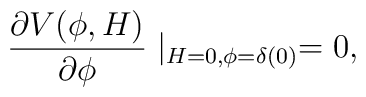
\frac{\partial V(\phi,H)}{\partial \phi}\mid_{H=0,\phi=\delta(0)} = 0,